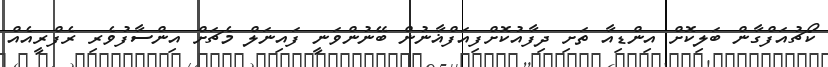
ކޯޗުއަފްގާން ބަލިކޮށް އިންޑިއާ ތަށި ދިފާއުކޮށްފިއަފްޣާނުން ބޭނުންވަނީ ފައިނަލް މެޗަށް އިންސާފުވެރި ރެފްރީއެއް